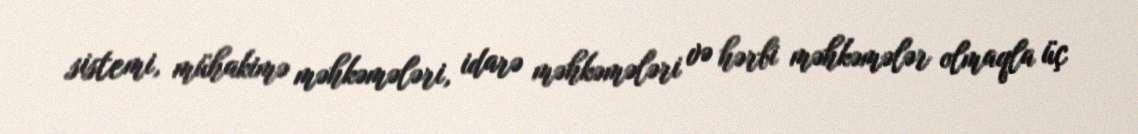
sistemi, mühakimə məhkəmələri, idarə məhkəmələri və hərbi məhkəmələr olmaqla üç